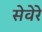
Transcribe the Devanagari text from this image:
सेवेरे